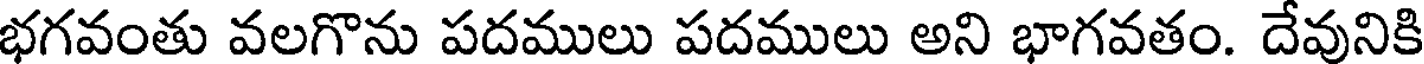
భగవంతు వలగొను పదములు పదములు అని భాగవతం. దేవునికి